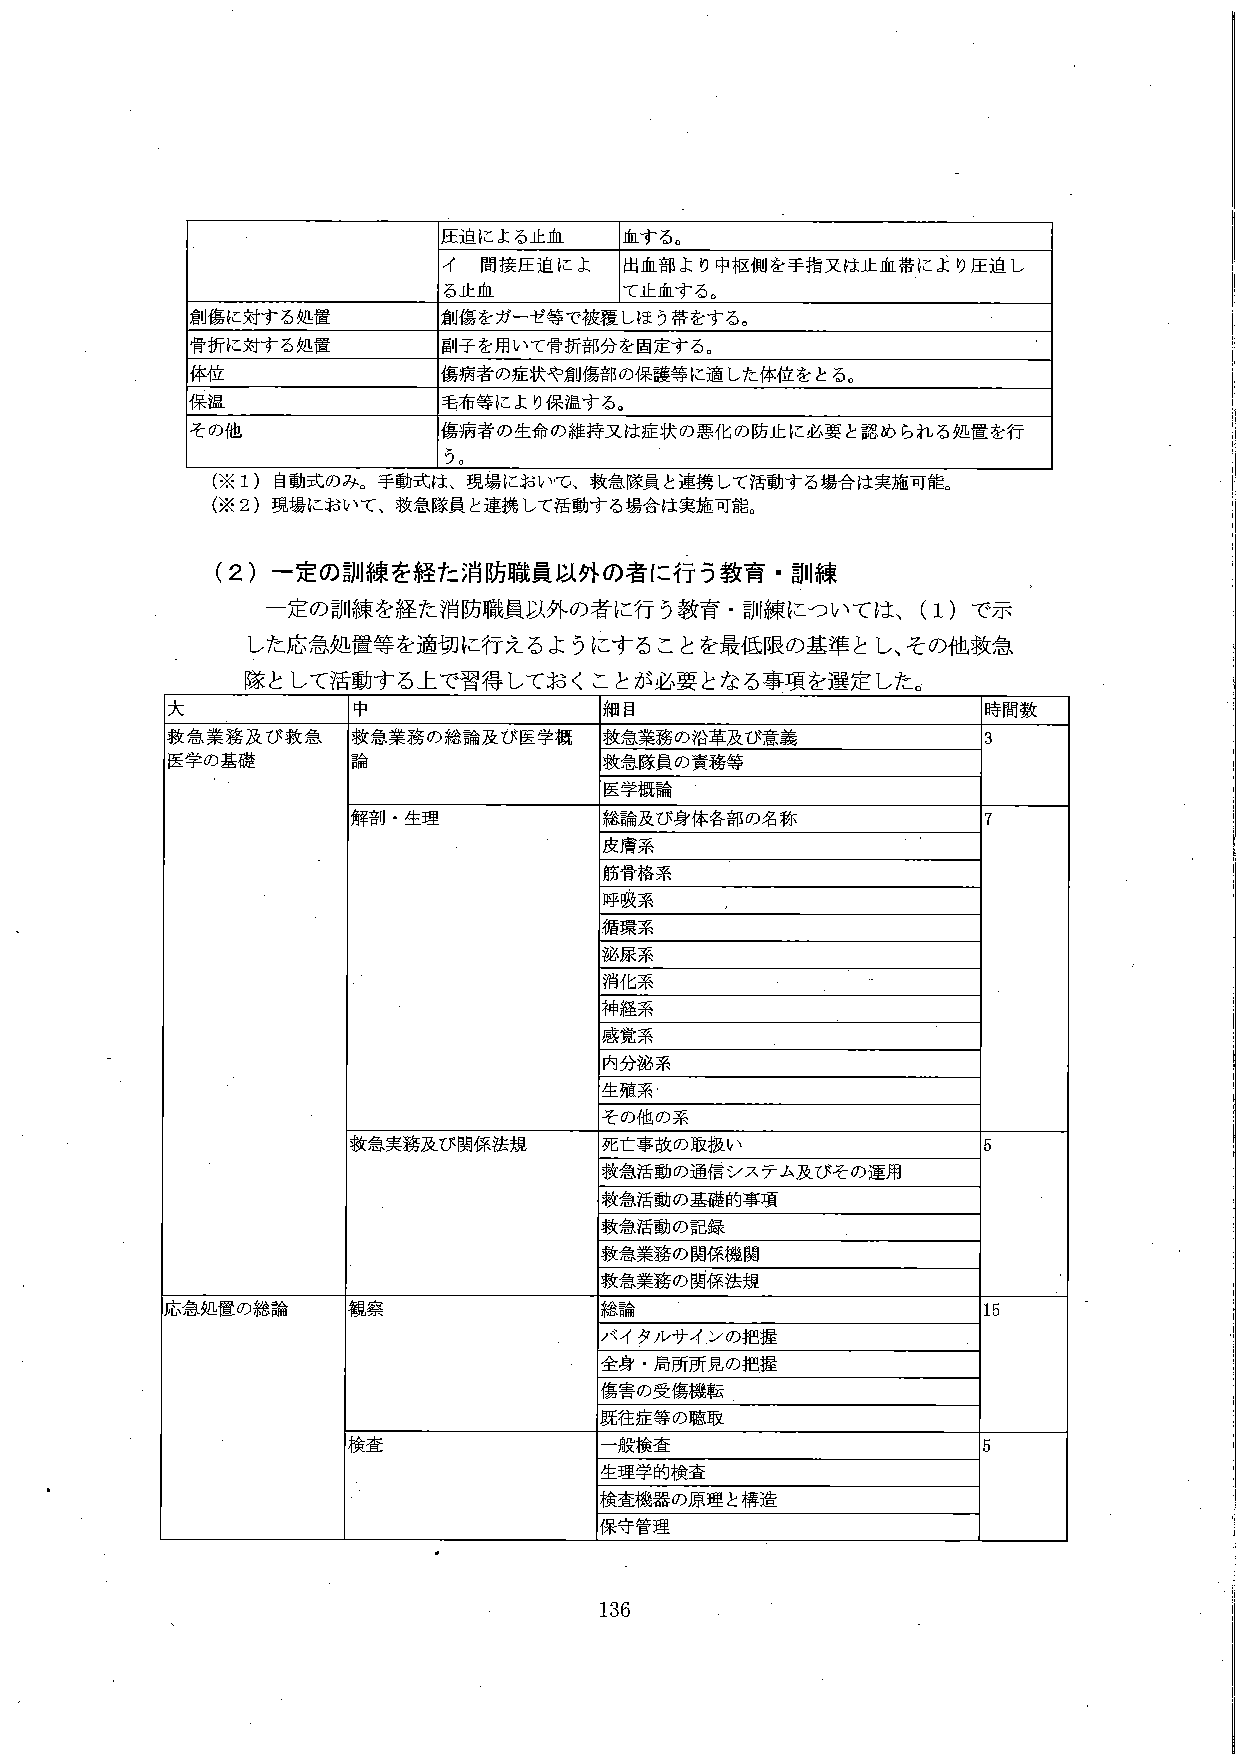
圧迫による止血 血する。
イ 間接圧迫による止血 出血部より中枢側を手指又は止血帯により圧迫して止血する。
創傷に対する処置 創傷をガーゼ等で被覆しほう帯をする。
骨折に対する処置 副子を用いて骨折部分を固定する。
体位 傷病者の症状や創傷部の保護等に適した体位をとる。
保温 毛布等により保温する。
その他 傷病者の生命の維持又は症状の悪化の防止に必要と認められる処置を行う。
（※1）自動式のみ。手動式は、現場において、救急隊員と連携して活動する場合は実施可能。
（※2）現場において、救急隊員と連携して活動する場合は実施可能。

（2）一定の訓練を経た消防職員以外の者に行う教育・訓練
一定の訓練を経た消防職員以外の者に行う教育・訓練については、（1）で示した応急処置等を適切に行えるようにすることを最低限の基準とし、その他救急隊として活動する上で習得しておくことが必要となる事項を選定した。

大 中 細目 時間数
救急業務及び救急医学の基礎 救急業務の総論及び医学概論 救急業務の沿革及び意義 3
救急隊員の責務等
医学概論
解剖・生理 総論及び身体各部の名称 7
皮膚系
筋骨格系
呼吸系
循環系
泌尿系
消化系
神経系
感覚系
内分泌系
生殖系
その他の系
救急実務及び関係法規 死亡事故の取扱い 5
救急活動の通信システム及びその運用
救急活動の基礎的事項
救急活動の記録
救急業務の関係機関
救急業務の関係法規
応急処置の総論 観察 総論 15
バイタルサインの把握
全身・局所所見の把握
傷害の受傷機転
既往症等の聴取
検査 一般検査 5
生理学的検査
検査機器の原理と構造
保守管理

136